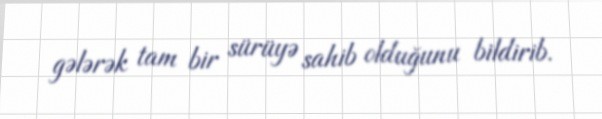
gələrək tam bir sürüyə sahib olduğunu bildirib.